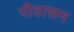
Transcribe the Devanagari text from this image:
पीठासन